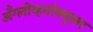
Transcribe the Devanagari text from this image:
अँग्लोव्हर्नाक्युलर